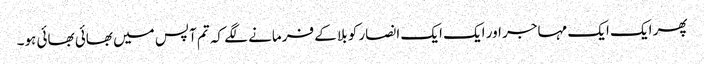
پھر ایک ایک مہاجر اور ایک ایک انصار کو بلا کے فرمانے لگے کہ تم آپس میں بھائی بھائی ہو۔